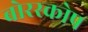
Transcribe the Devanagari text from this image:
बोरस्कोप